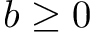
b \geq 0